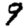
Digit: 9